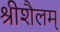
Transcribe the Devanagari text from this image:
श्रीशैलम्